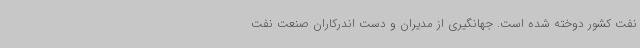
نفت کشور دوخته شده است. جهانگیری از مدیران و دست اندرکاران صنعت نفت